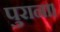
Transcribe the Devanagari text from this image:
पुराना।